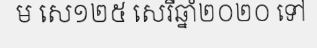
ម សេ១២៥ សេរីឆ្នាំ២០២០ ទៅ